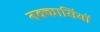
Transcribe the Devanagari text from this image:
नक्‍कासियों